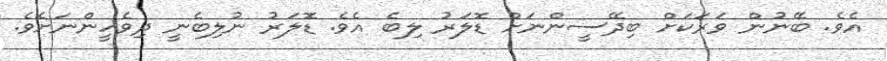
އެވެ. ބޭނުން ވަރަކަށް ބިދޭސީންނަށް ޑޮލަރު ލިބެ އެވެ. ޑޮލަރު ނުލިބެނީ ދިވެހީންނަށެވެ.